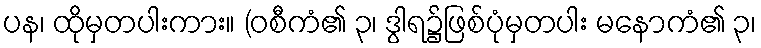
ပန၊ ထိုမှတပါးကား။ (ဝစီကံ၏ ၃၊ ဒွါရ၌ဖြစ်ပုံမှတပါး မနောကံ၏ ၃၊